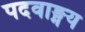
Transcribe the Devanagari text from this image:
पदवाङ्मय